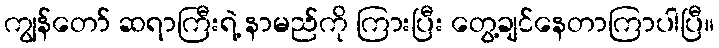
ကျွန်တော် ဆရာကြီးရဲ့ နာမည်ကို ကြားပြီး တွေ့ချင်နေတာကြာပါပြီ။